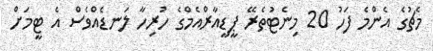
މެޗުގެ އެންމެ ފަހު 20 މިނެޓުތެރޭ ޕީޑީއާރްއެމްގެ ހުރިހާ ލަނޑެއްވެސް އެ ޓީމަށް